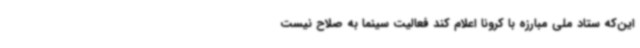
این‌که ستاد ملی مبارزه با کرونا اعلام کند فعالیت سینما به صلاح نیست